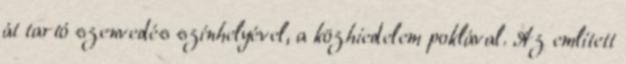
át tartó szenvedés színhelyével, a közhiedelem poklával. Az említett